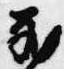
蔵